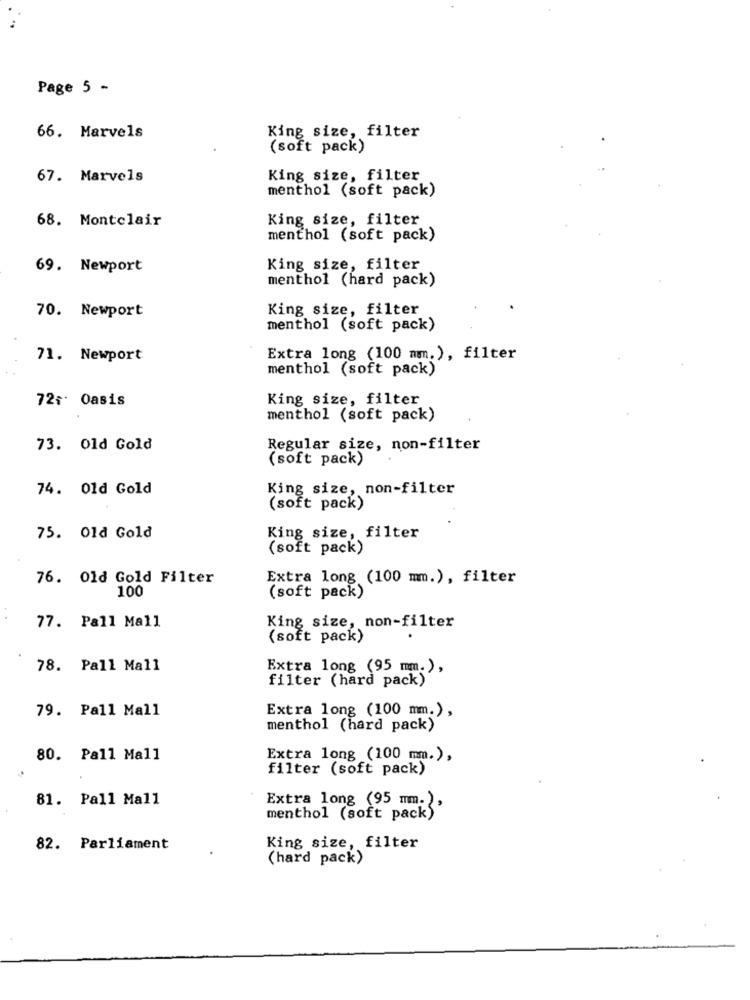
Page 5 -
King size, filter
66. Marvels
(soft pack)
67. Marvels
King size, filter
menthol (soft pack)
68. Montclair
King size, filter
menthol (soft pack)
69. Newport
King size, filter
menthol (hard pack)
70. Newport
King size, filter
menthol (soft pack)
71. Newport
Extra long (100 mmm.), filter
menthol (soft pack)
72៛ Oasis
King size, filter
menthol (soft pack)
73. Old Gold
Regular size, non-filter
(soft pack)
74. 01d Gold
King size, non-filter
(soft pack)
75. Old Gold
King size, filter
(soft pack)
76. Old Gold Filter
Extra long (100 mm.), filter
100
(soft pack)
77. Pall Mall
King size, non-filter
(soft pack)
78. Pall Mall
Extra long (95 mm.),
filter (hard pack)
79. Pall Mall
Extra long (100 mm.),
menthol (hard pack)
80. Pall Mall
Extra long (100 mm.),
filter (soft pack)
81. Pall Mall
Extra long (95 mm.),
menthol (soft pack)
82. Parliament
King size, filter
(hard pack)